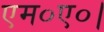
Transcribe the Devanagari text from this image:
एम०ए०।